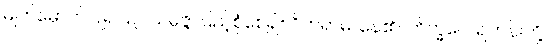
မျက်မှောက်ပြု၍။ ဥပသမ္ပဇ္ဇ၊ ပြည့်စုံစေ၍။ ဝိဟရာမိ၊ နေ၏။ ဘိက္ခဝေ၊ ရဟန်းတို့။